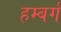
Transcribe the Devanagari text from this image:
हम्बर्ग